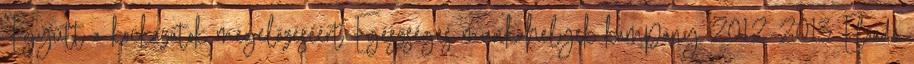
"Együtt a kockázatok megelőzéséért Egészséges munkahelyek kampány 2012–2013 Előadó